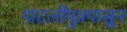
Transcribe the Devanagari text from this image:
पाटलीपुत्रपासून